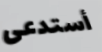
أستدعى